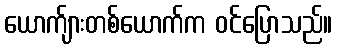
ယောက်ျားတစ်ယောက်က ဝင်ပြောသည်။